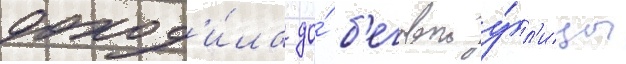
доход'и́ла до́ б'еговои у́л'ицы